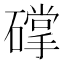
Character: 礃